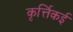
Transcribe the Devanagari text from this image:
कृर्त्तिकई